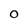
Character: O